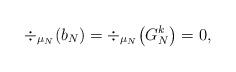
LaTeX: \begin{align*} \div_{\mu_N}(b_N) = \div_{\mu_N}\big(G_N^k \big) =0, \end{align*}